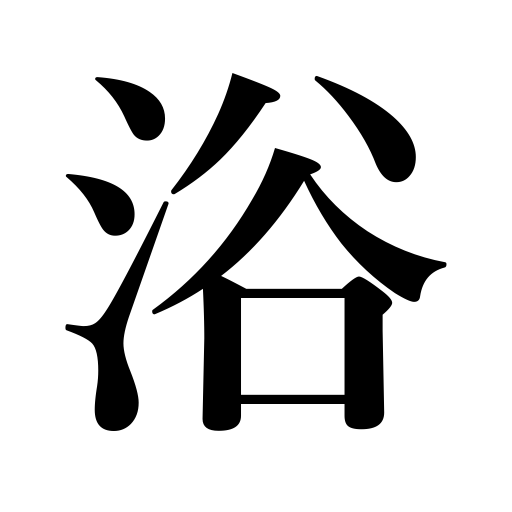
Meanings: be favored with,expose oneself to,bathe,pour on oneself,receive applause,deluge with,bask in,be under fire,pour on,be subjected to,be flooded with,be accused of,impute to,subject to,bathe in,be charged with